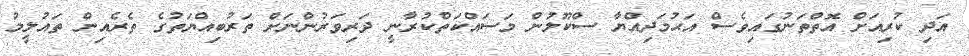
އަދި ކުރިއަށް އޮތްތަނުގައިވެސް އަޙުމަދިއްޔާ ސްކޫލުން މަސައްކަތްކުރާނީ ދަރިވަރުންނަށް ތަރުބިއްޔަތުގެ ތެރެއިން ތައުލީމު